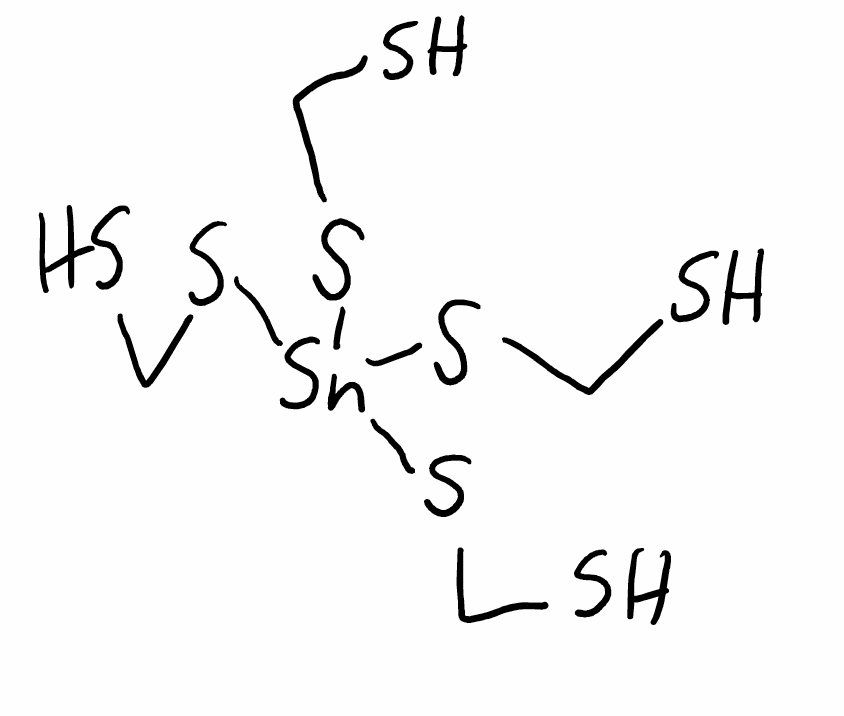
Simplified molecular-input line-entry system (SMILES) notation of the given molecule:
C(S)S[Sn](SCS)(SCS)SCS